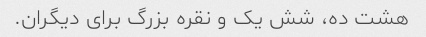
هشت ده، شش یک و نقره بزرگ برای دیگران.